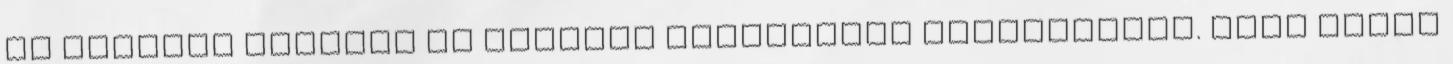
el kedvenc könyvét és engedje szabadjára fantáziáját. Majd irány